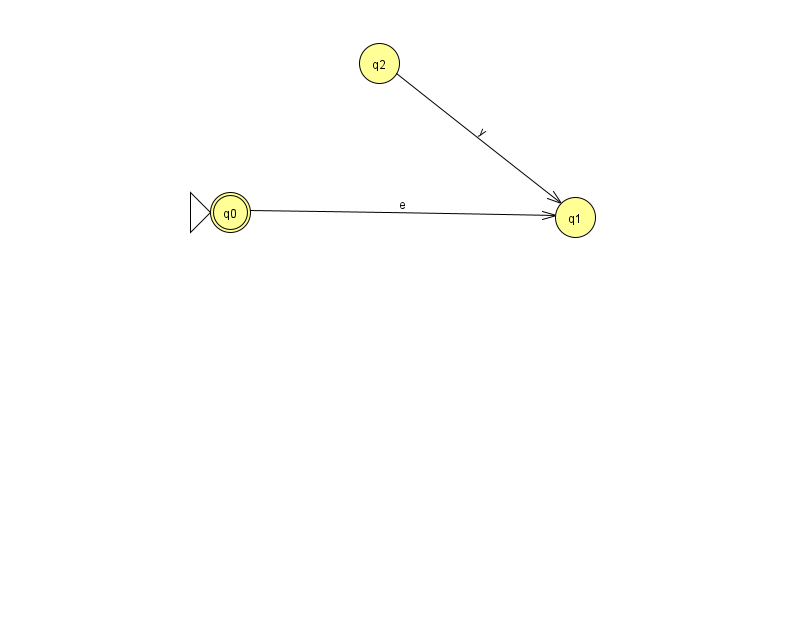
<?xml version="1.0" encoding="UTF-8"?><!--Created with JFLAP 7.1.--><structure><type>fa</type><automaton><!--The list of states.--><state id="0" name="q0"><x>230.0</x><y>199.0</y><initial/><final/></state><state id="1" name="q1"><x>575.0</x><y>204.0</y></state><state id="2" name="q2"><x>379.0</x><y>50.0</y></state><!--The list of transitions.--><transition><from>0</from><to>1</to><read>e</read></transition><transition><from>2</from><to>1</to><read>y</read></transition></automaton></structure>